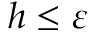
h \leq \varepsilon